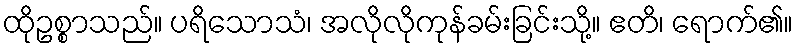
ထိုဥစ္စာသည်။ ပရိသောသံ၊ အလိုလိုကုန်ခမ်းခြင်းသို့။ ဧတိ၊ ရောက်၏။